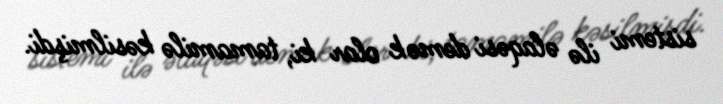
sistemi ilə əlaqəsi demək olar ki, tamamilə kəsilmişdi.